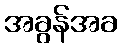
အခွန်အခ